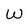
Character: w